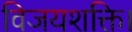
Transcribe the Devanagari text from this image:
विजयशक्ति।